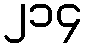
၂၁၄